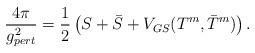
LaTeX: \begin{align*}{{4\pi}\over{g^2_{pert}}}={1\over 2}\left(S+\bar{S}+V_{GS}(T^m,\bar{T}^m)\right). \end{align*}